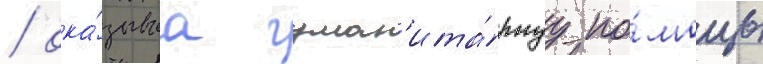
/ ока́зываа гуман'ита́рнуу по́мощь